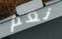
نعم